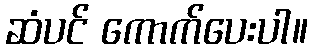
ဆံပင် ကောက်ပေးပါ။